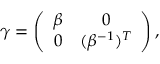
\gamma = \left( \begin{array} { c c } { { \beta } } & { { 0 } } \\ { { 0 } } & { { ( \beta ^ { - 1 } ) ^ { T } } } \end{array} \right) ,